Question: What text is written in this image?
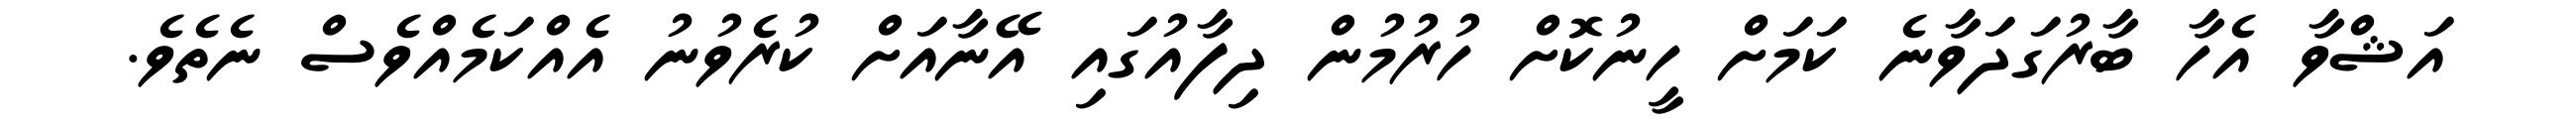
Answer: އަޝްވާ އެހާ ބާރުގަދަވާނެ ކަމަށް ހީނުކޮށް ހުރުމުން ދިފާއުގައި އޭނާއަށް ކުރެވުނު އެއްކަމެއްވެސް ނެތެވެ.